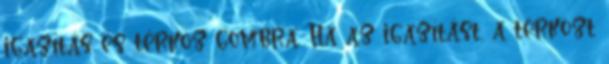
igazítás és térköz gombra. Ha az igazítást, a térközt